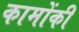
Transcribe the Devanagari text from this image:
कामोंकी